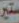
ستير